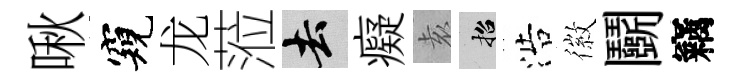
啾窺龙蒞去癡𡊮招浩徽鬬竊